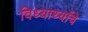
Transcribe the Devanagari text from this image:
विध्यार्थ्यांचे